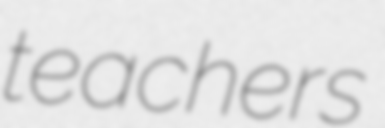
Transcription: teachers